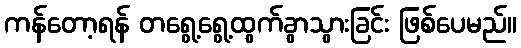
ကန်တော့ရန် တရွေ့ရွေ့ထွက်ခွာသွားခြင်း ဖြစ်ပေမည်။